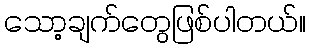
သော့ချက်တွေဖြစ်ပါတယ်။